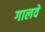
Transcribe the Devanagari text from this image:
गालवे